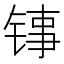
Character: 𬭑